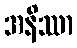
အနိဿာ